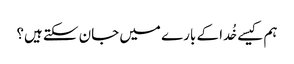
ہم کیسے خُدا کے بارے میں جان سکتے ہیں؟